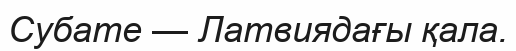
Субате — Латвиядағы қала.